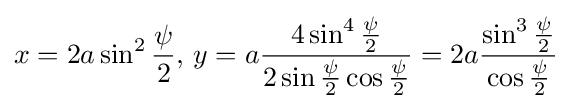
x=2a\sin ^{2}{\psi  \over 2},\,y=a{\frac {4\sin ^{4}{\psi  \over 2}}{2\sin {\psi  \over 2}\cos {\psi  \over 2}}}=2a{\frac {\sin ^{3}{\psi  \over 2}}{\cos {\psi  \over 2}}}